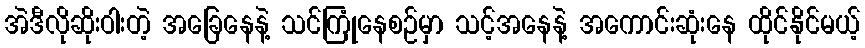
အဲဒီလိုဆိုးဝါးတဲ့ အခြေနေနဲ့ သင်ကြုံနေစဉ်မှာ သင့်အနေနဲ့ အကောင်းဆုံးနေ ထိုင်နိုင်မယ့်